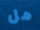
هل